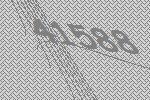
41588